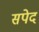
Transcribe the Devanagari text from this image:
सपेद